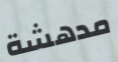
مدهشة